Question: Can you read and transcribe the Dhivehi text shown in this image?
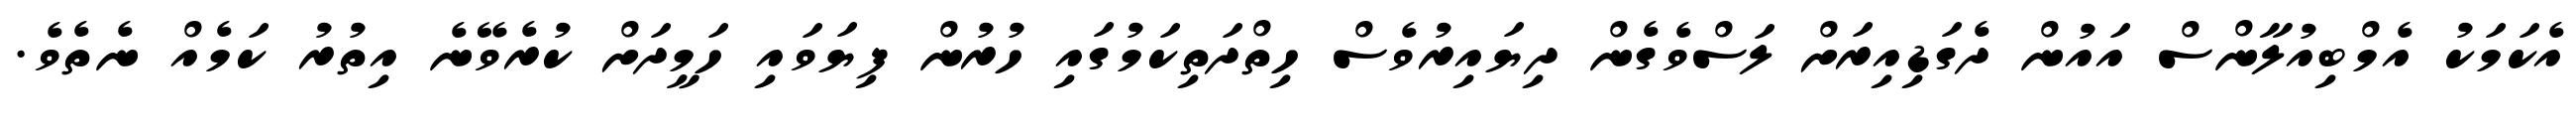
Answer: އެކަމަކު އެމްބިއުލާންސް އައުން ދެގަޑިއިރަށް ލަސްވެގެން ދިޔައިރުވެސް ހިތްދަތިކަމުގައި ހުރުން ފިޔަވައި ހަމީދަށް ކުރެވޭނެ އިތުރު ކަމެއް ނެތެވެ.